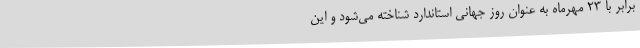
برابر با 23 مهرماه به عنوان روز جهانی استاندارد شناخته می‌شود و این